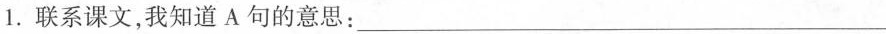
1.联系课文，我知道A句的意思：___